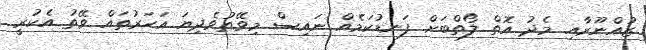
ޒުއްނޫރާއި މެދު އޮތް ލޯތްބަށް ފަނޑުކަމެއް ނައިސް މިވޭތުވެދިޔަ އަހަރުތައް ވޭތު އެކުރީ